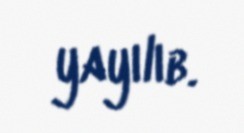
yayılıb.